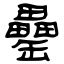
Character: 罍